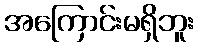
အကြောင်းမရှိဘူး